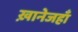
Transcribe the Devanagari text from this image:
ख़ानेजहाँ